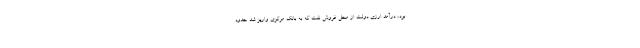
بود، درآمد ارزی دولت از محل فروش نفت که به بانک مرکزی واریز شد حدود